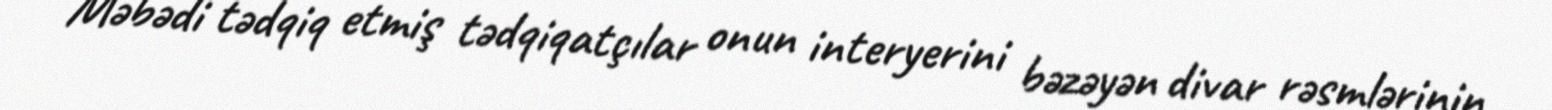
Məbədi tədqiq etmiş tədqiqatçılar onun interyerini bəzəyən divar rəsmlərinin